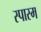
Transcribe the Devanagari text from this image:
स्पास्म